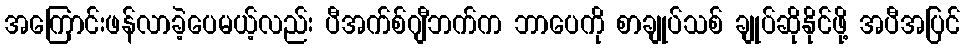
အကြောင်းဖန်လာခဲ့ပေမယ့်လည်း ပီအက်စ်ဂျီဘက်က ဘာပေကို စာချုပ်သစ် ချုပ်ဆိုနိုင်ဖို့ အပီအပြင်